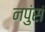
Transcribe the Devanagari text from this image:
नपुंसं